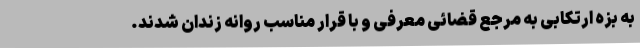
به بزه ارتکابی به مرجع قضائی معرفی و با قرار مناسب روانه زندان شدند.